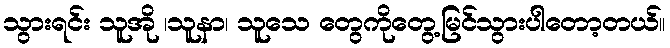
သွားရင်း သူအို ၊သူနာ၊ သူသေ တွေကိုတွေ့မြင်သွားပါတော့တယ်။